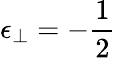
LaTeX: \epsilon_{\perp}=-\frac{1}{2}